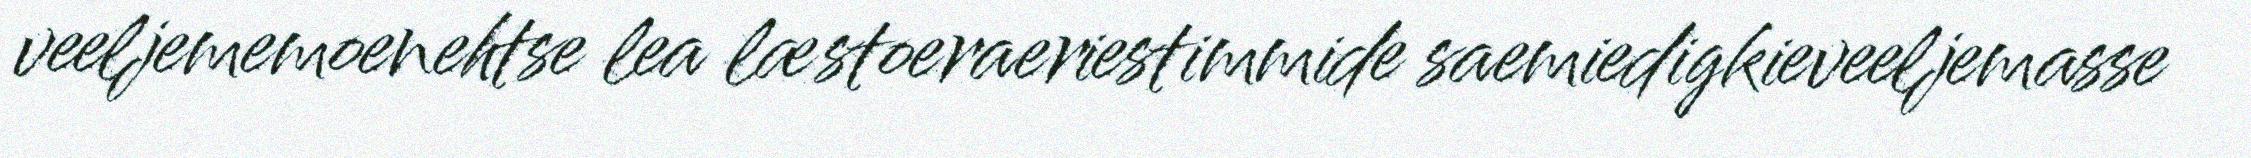
veeljememoenehtse lea læstoeraeriestimmide saemiedigkieveeljemasse